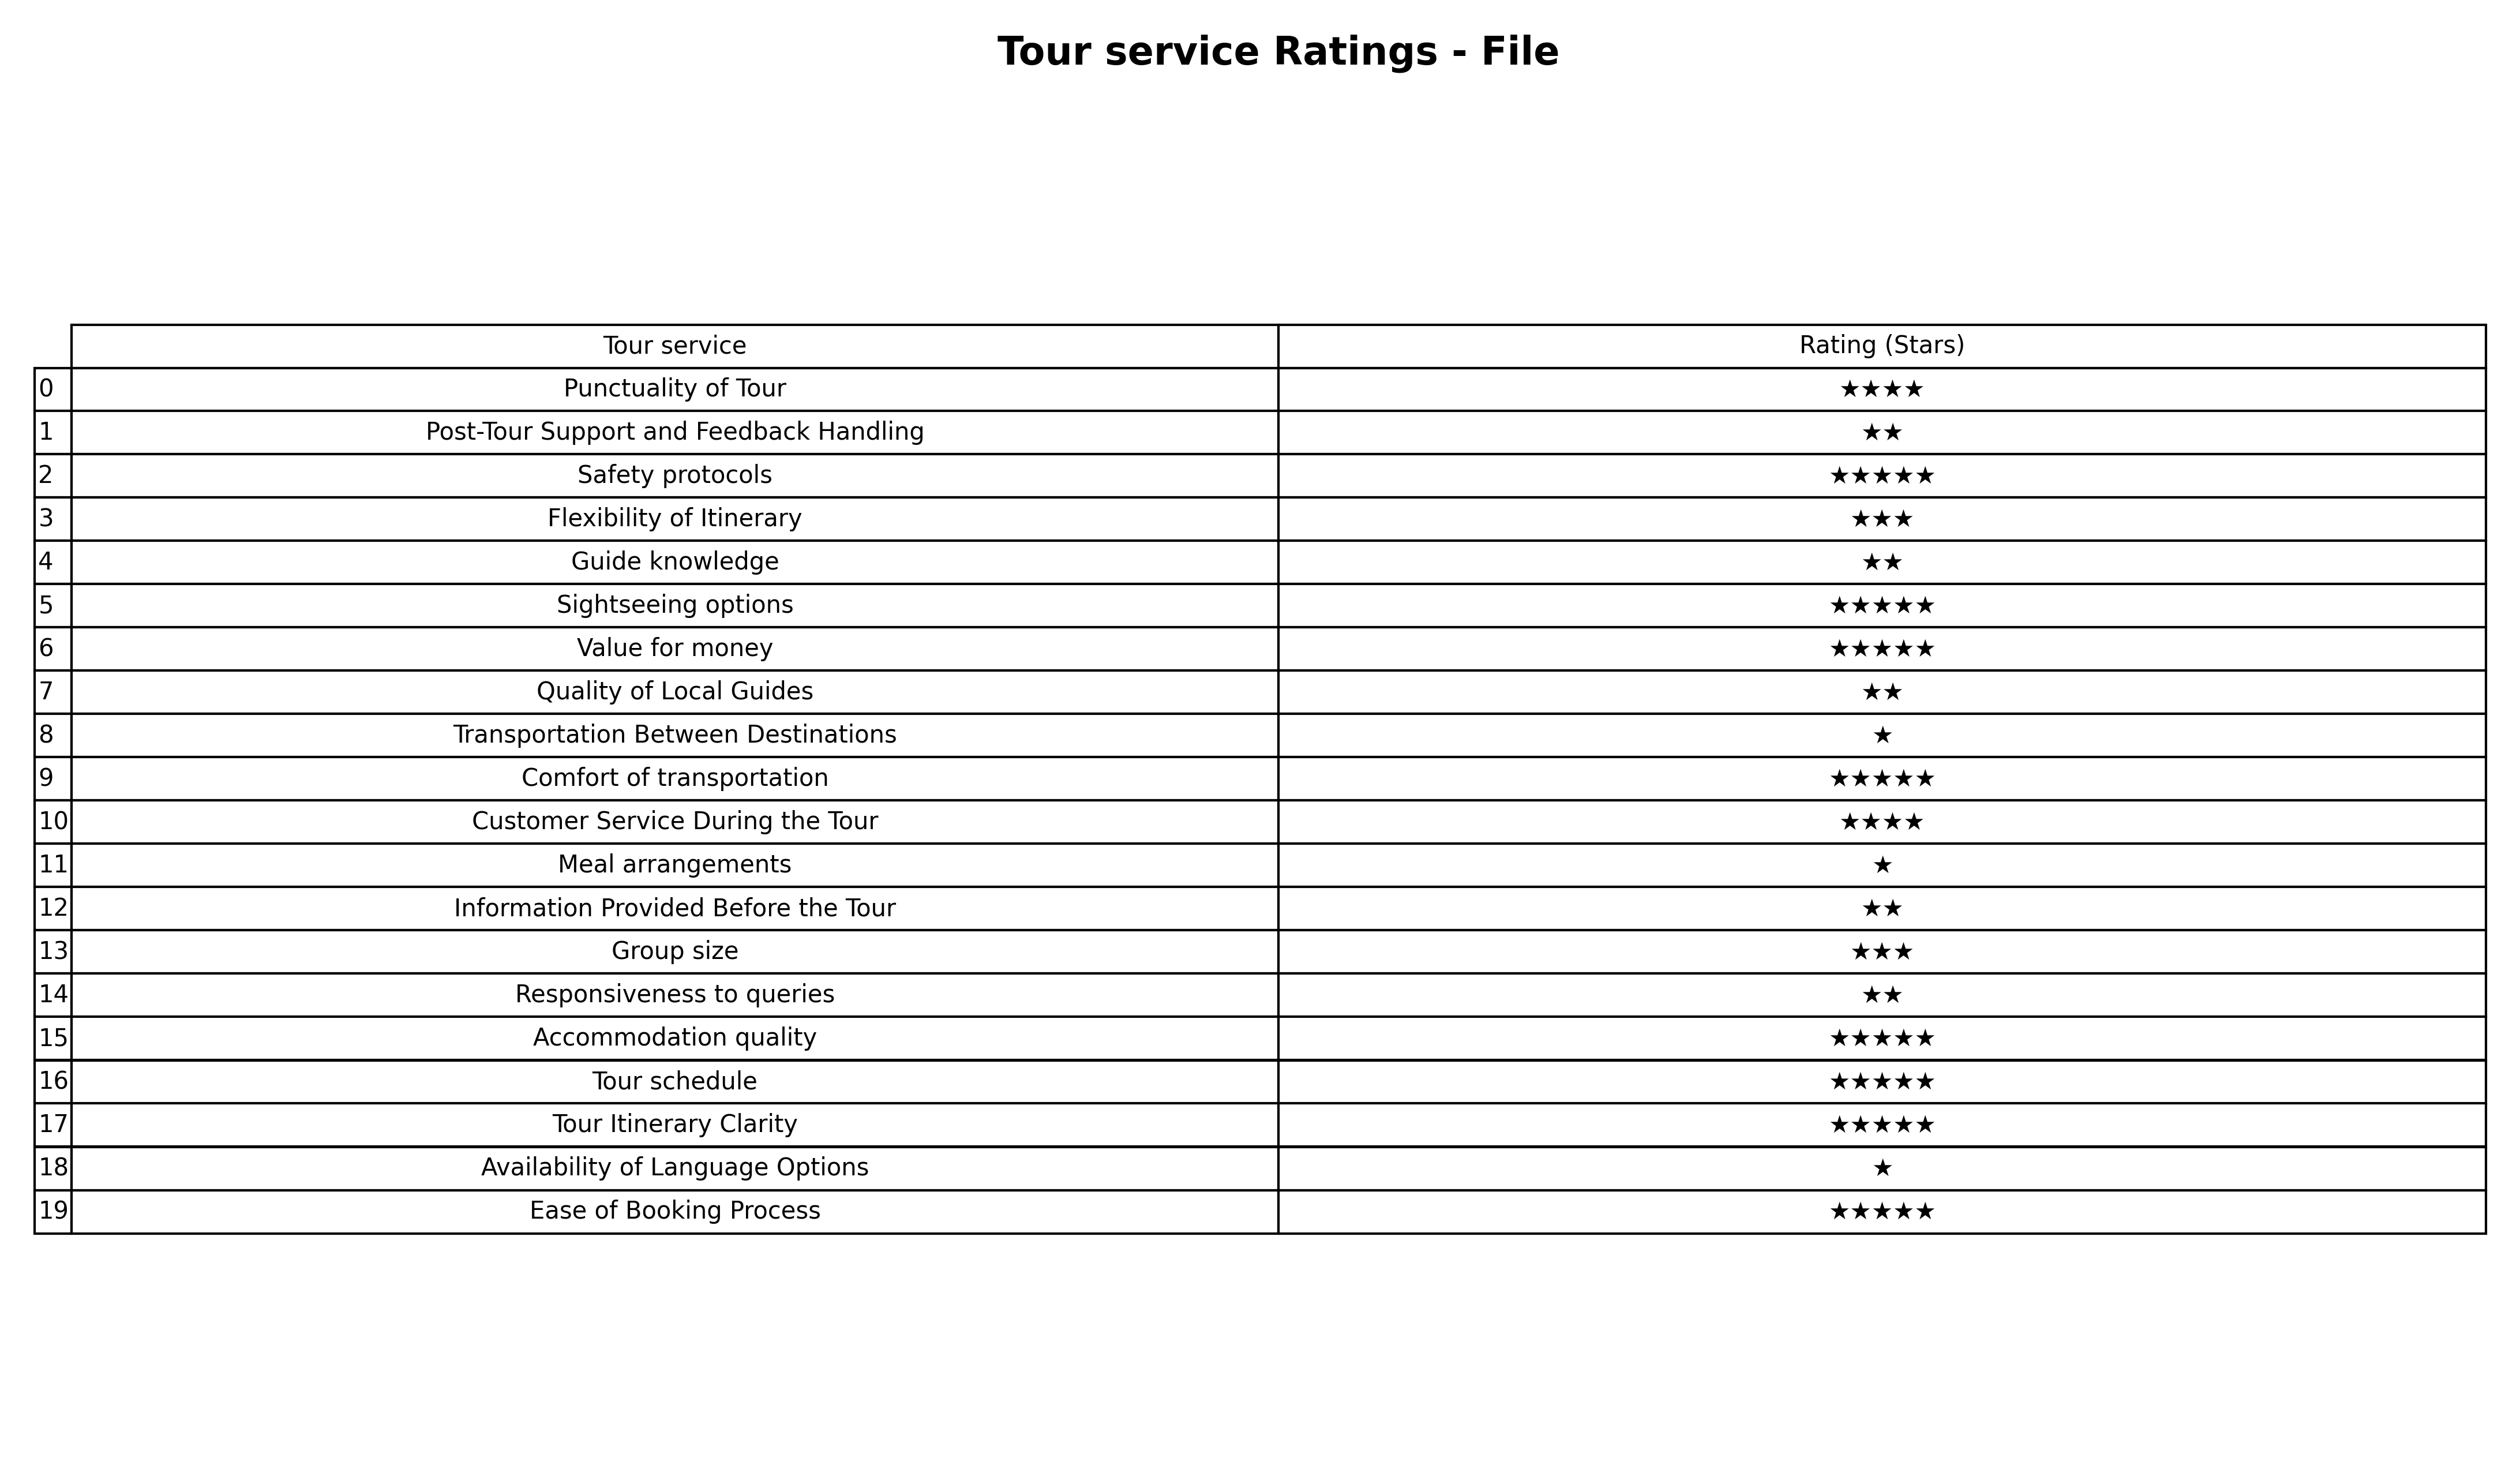
question: What are highest rating services?
answer: Safety protocolsSightseeing optionsValue for moneyComfort of transportationAccommodation qualityTour scheduleTour Itinerary ClarityEase of Booking Process